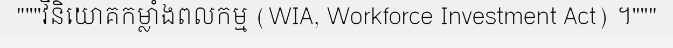
"""វិនិយោគកម្លាំងពលកម្ម (WIA, Workforce Investment Act) ។"""